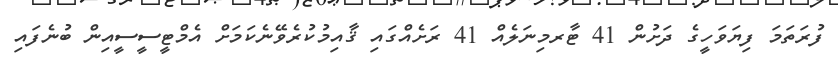
ފުރަތަމަ ފިޔަވަހީގެ ދަށުން 41 ޓާރމިނަލެއް 41 ރަށެއްގައި ޤާއިމުކުރެވޭނެކަމަށް އެމްޓީސީސީއިން ބުނެފައި